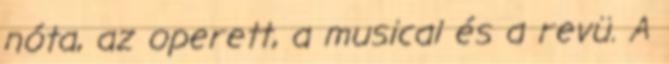
nóta, az operett, a musical és a revü. A